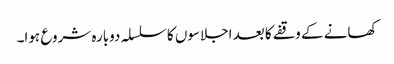
کھانے کے وقفے کا بعد اجلاسوں کا سلسلہ دوبارہ شروع ہوا۔